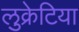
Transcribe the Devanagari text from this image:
लुक्रेटिया